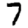
Digit: 7